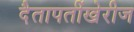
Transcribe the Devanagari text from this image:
दैतापतींखेरीज